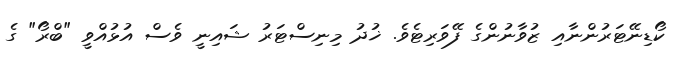
ކޯޑިނޭޓަރުންނާއި ޒުވާނުންގެ ފޭވަރިޓެވެ. ޚުދު މިނިސްޓަރު ޝައިނީ ވެސް އުޅުއްވީ "ބްރޯ" ގެ